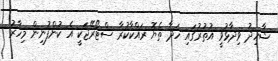
ޝާހިދު ވިދާޅުވީ އުތުރުގައި ހަދާ ތެޔޮ ރައްކާކުރާ ސްޓޯރޭޖަކީ އެ ކުންފުނިން މިހާރު